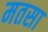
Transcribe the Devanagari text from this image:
मतसा